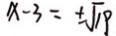
x - 3 = \pm \sqrt { 1 9 }